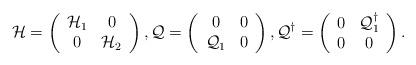
LaTeX: \begin{align*} \mathcal H = \left(\begin{array}{cc} \mathcal{H}_1 & 0 \\ 0 & \mathcal{H}_2\end{array}\right), \mathcal Q = \left(\begin{array}{cc} 0 & 0 \\ \mathcal{Q}_1 & 0 \end{array}\right), \mathcal Q^{\dagger} = \left(\begin{array}{cc} 0 & \mathcal{Q}_1^{\dagger} \\ 0 & 0 \end{array}\right).\end{align*}